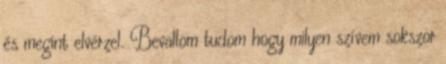
és megint elvérzel. Bevallom tudom hogy milyen szívem sokszor